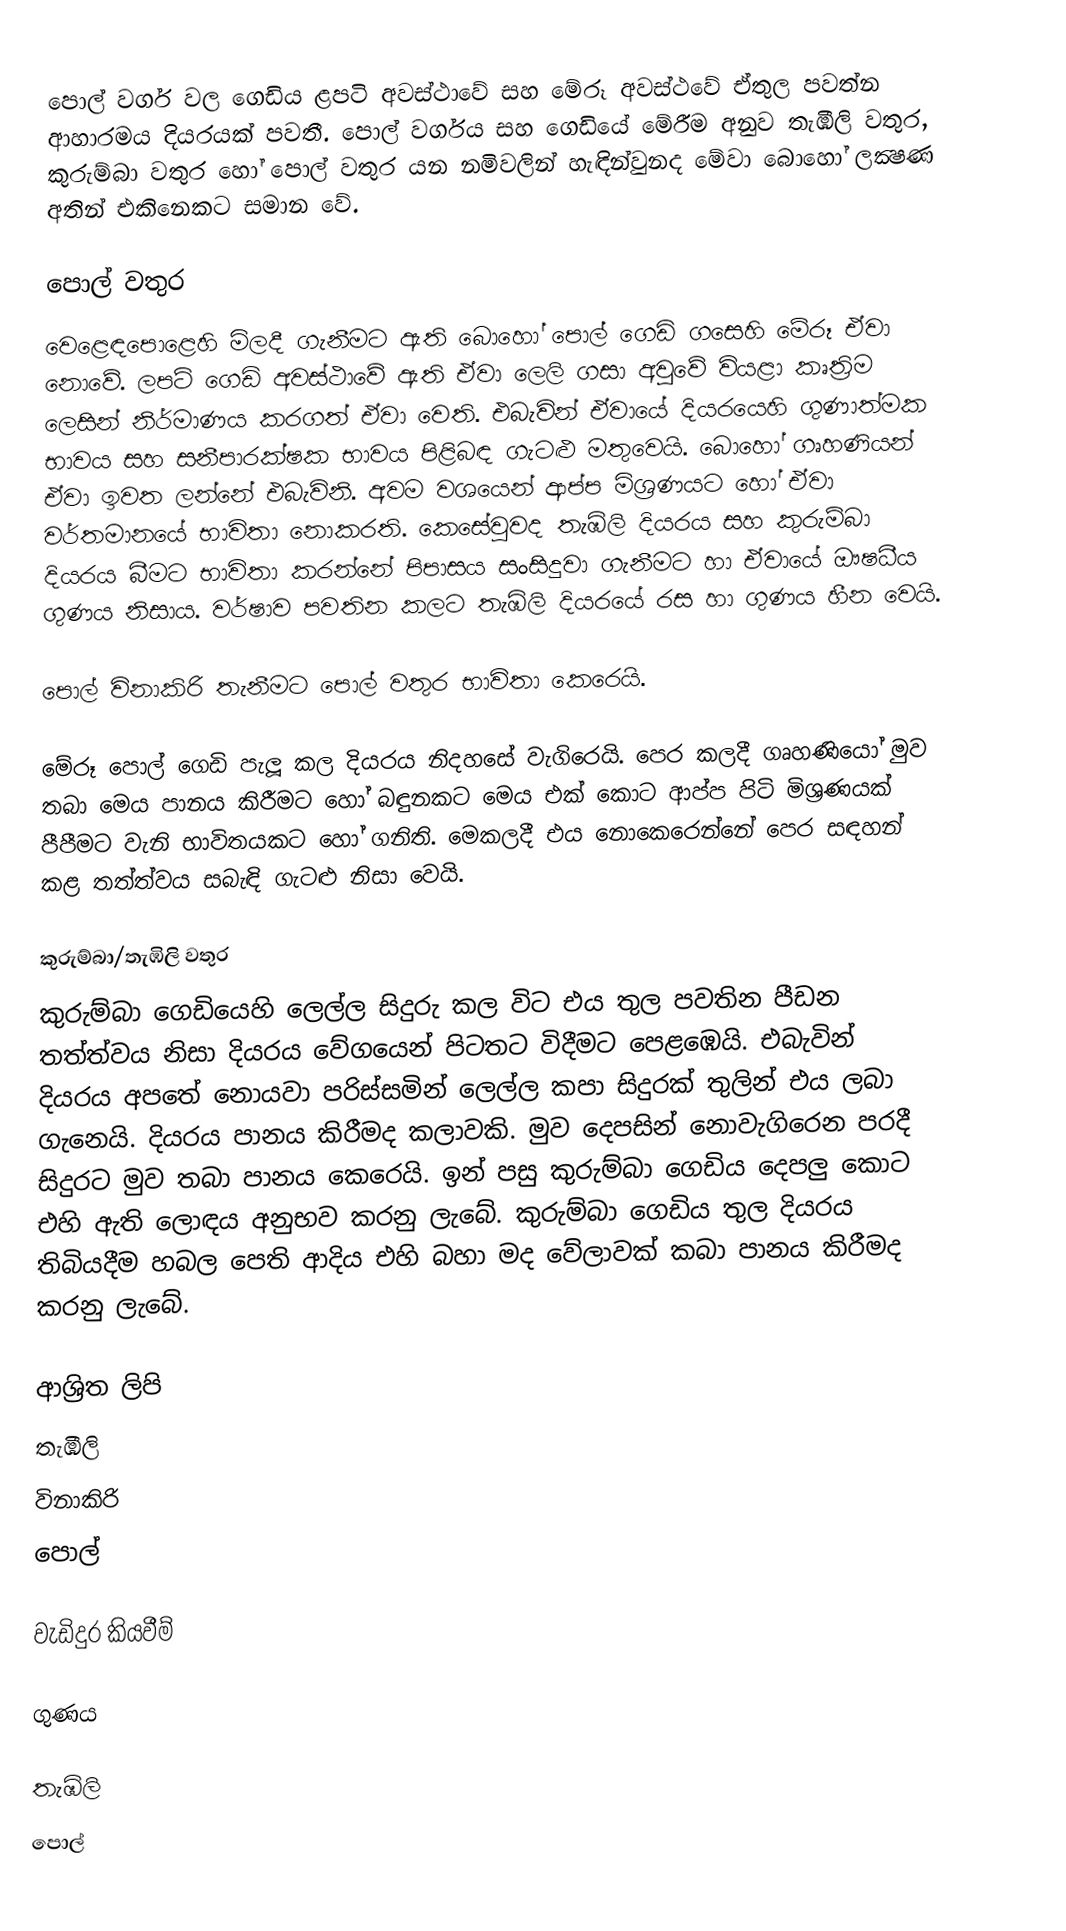
පොල් වර්ග වල ගෙඩිය ළපටි අවස්ථාවේ සහ මේරූ අවස්ථවේ ඒතුල පවත්න ආහාරමය දියරයක් පවතී. පොල් වර්ගය සහ ගෙඩියේ මේරීම අනුව තැඹිලි වතුර, කුරුම්බා වතුර හෝ පොල් වතුර යන නමිවලින් හැඳින්වුනද මේවා බොහෝ ලක්‍ෂණ අතින් එකිනෙකට සමාන වේ.

පොල් වතුර
වෙළෙඳපොළෙහි මිලදී ගැනීමට ඇති බොහෝ පොල් ගෙඩි ගසෙහි මේරූ ඒවා නොවේ. ලපටි ගෙඩි අවස්ථාවේ ඇති ඒවා ලෙලි ගසා අවුවේ වියළා කෘත්‍රිම ලෙසින් නිර්මාණය කරගත් ඒවා වෙති. එබැවින් ඒවායේ දියරයෙහි ගුණාත්මක භාවය සහ සනීපාරක්ෂක භාවය පිළිබඳ ගැටළු මතුවෙයි. බොහෝ ගෘහණියන් ඒවා ඉවත ලන්නේ එබැවිනි. අවම වශයෙන් ආප්ප මිශ්‍රණයට හෝ ඒවා වර්තමානයේ භාවිතා නොකරති. කෙසේවුවද තැඹිලි දියරය සහ කුරුම්බා දියරය බීමට භාවිතා කරන්නේ පිපාසය සංසිදුවා ගැනීමට හා ඒවායේ ඖෂධීය ගුණය නිසාය. වර්ෂාව පවතින කලට තැඹිලි දියරයේ රස හා ගුණය හීන වෙයි.

පොල් විනාකිරි තැනීමට පොල් වතුර භාවිතා කෙරෙයි.

මේරූ පොල් ගෙඩි පැලූ කල දියරය නිදහසේ වැගිරෙයි. පෙර කලදී ගෘහණියෝ මුව තබා මෙය පානය කිරීමට හෝ බඳුනකට මෙය එක් කොට ආප්ප පිටි මිශ්‍රණයක් පීපීමට වැනි භාවිතයකට හෝ ගනිති. මෙකලදී එය නොකෙරෙන්නේ පෙර සඳහන් කළ තත්ත්වය සබැඳි ගැටළු නිසා වෙයි.

කුරුම්බා/තැඹිලි වතුර
කුරුම්බා ගෙඩියෙහි ලෙල්ල සිදුරු කල විට එය තුල පවතින පීඩන තත්ත්වය නිසා දියරය වේගයෙන් පිටතට විදීමට පෙළඹෙයි. එබැවින් දියරය අපතේ නොයවා පරිස්සමින් ලෙල්ල කපා සිදුරක් තුලින් එය ලබා ගැනෙයි. දියරය පානය කිරීමද කලාවකි. මුව දෙපසින් නොවැගිරෙන පරදී සිදුරට මුව තබා පානය කෙරෙයි. ඉන් පසු කුරුම්බා ගෙඩිය දෙපලු කොට එහි ඇති ලොඳය අනුභව කරනු ලැබේ. කුරුම්බා ගෙඩිය තුල දියරය තිබියදීම හබල පෙති ආදිය එහි බහා මද වේලාවක් කබා පානය කිරීමද කරනු ලැබේ.

ආශ්‍රිත ලිපි
 තැඹිලි
 විනාකිරි
 පොල්

වැඩිදුර කියවීම්

 ගුණය

තැඹිලි
පොල්